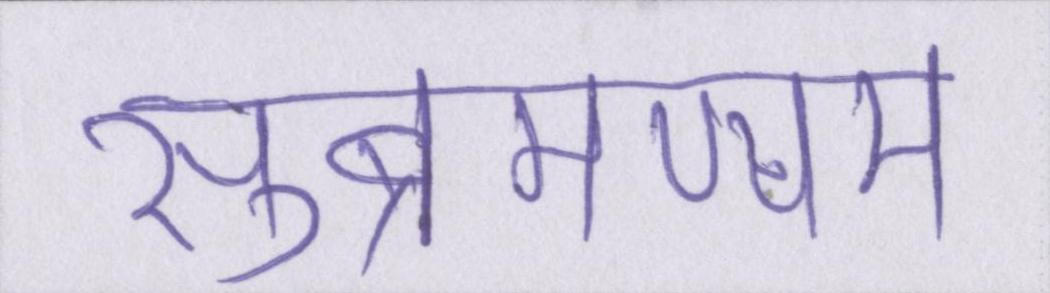
सुब्रमण्यम